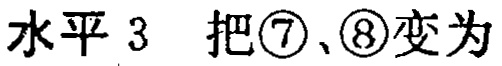
水平 3  把\textcircled{7}、\textcircled{8}变为